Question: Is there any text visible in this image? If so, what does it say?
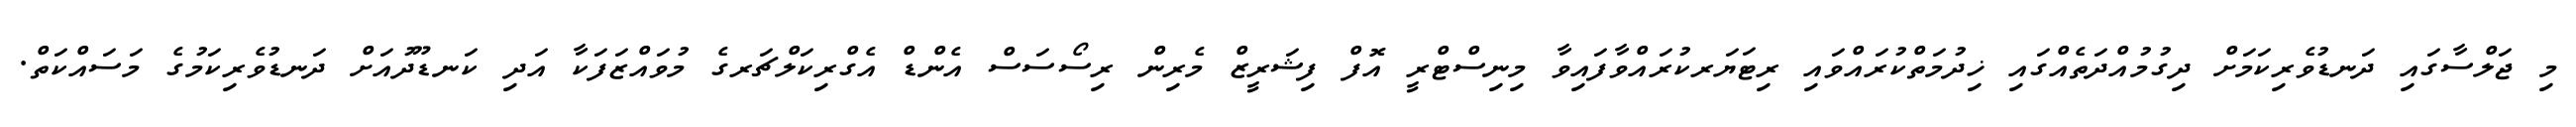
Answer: މި ޖަލްސާގައި ދަނޑުވެރިކަމަށް ދިގުމުއްދަތެއްގައި ޚިދުމަތްކުރައްވައި ރިޓަޔަރކުރައްވާފައިވާ މިނިސްޓްރީ އޮފް ފިޝަރީޒް މެރިން ރިސޯސަސް އެންޑް އެގްރިކަލްޗަރގެ މުވައްޒަފަކާ އަދި ކަނޑޫދުއަށް ދަނޑުވެރިކަމުގެ މަސައްކަތް.